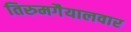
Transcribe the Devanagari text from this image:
तिरुमगैयालवार